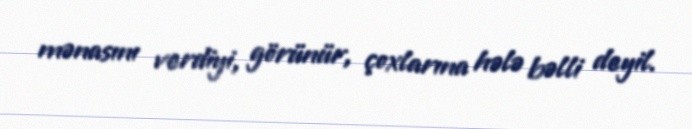
mənasını verdiyi, görünür, çoxlarına hələ bəlli deyil.